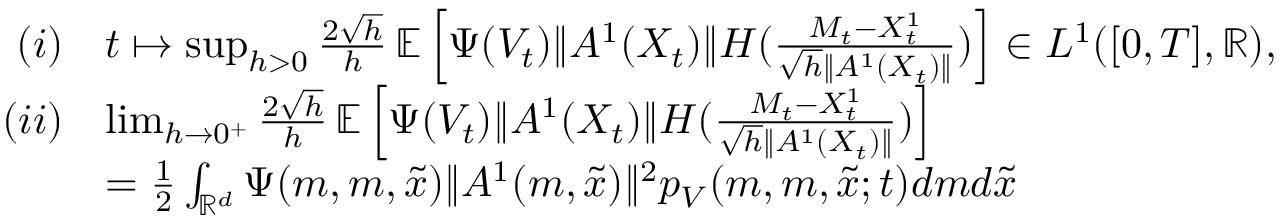
\begin{array} { r l } { ( i ) } & { t \mapsto \operatorname* { s u p } _ { h > 0 } \frac { { 2 } \sqrt h } { h } \, \mathbb { E } \left[ \Psi ( V _ { t } ) { \| A ^ { 1 } ( X _ { t } ) \| } { \cal H } ( \frac { M _ { t } - X _ { t } ^ { 1 } } { \sqrt h \| A ^ { 1 } ( X _ { t } ) \| } ) \right] \in L ^ { 1 } ( [ 0 , T ] , { \mathbb R } ) , } \\ { ( i i ) } & { \operatorname* { l i m } _ { h \rightarrow 0 ^ { + } } \frac { { 2 } \sqrt h } { h } \, \mathbb { E } \left[ \Psi ( V _ { t } ) { \| A ^ { 1 } ( X _ { t } ) \| } { \cal H } ( \frac { M _ { t } - X _ { t } ^ { 1 } } { \sqrt h \| A ^ { 1 } ( X _ { t } ) \| } ) \right] } \\ & { = \frac { 1 } { 2 } \int _ { { \mathbb R } ^ { d } } \Psi ( m , m , \tilde { x } ) \| A ^ { 1 } ( m , \tilde { x } ) \| { ^ 2 } p _ { V } ( m , m , \tilde { x } ; t ) d m d \tilde { x } } \end{array}